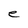
Character: e